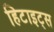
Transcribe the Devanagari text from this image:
हिटाइट्स